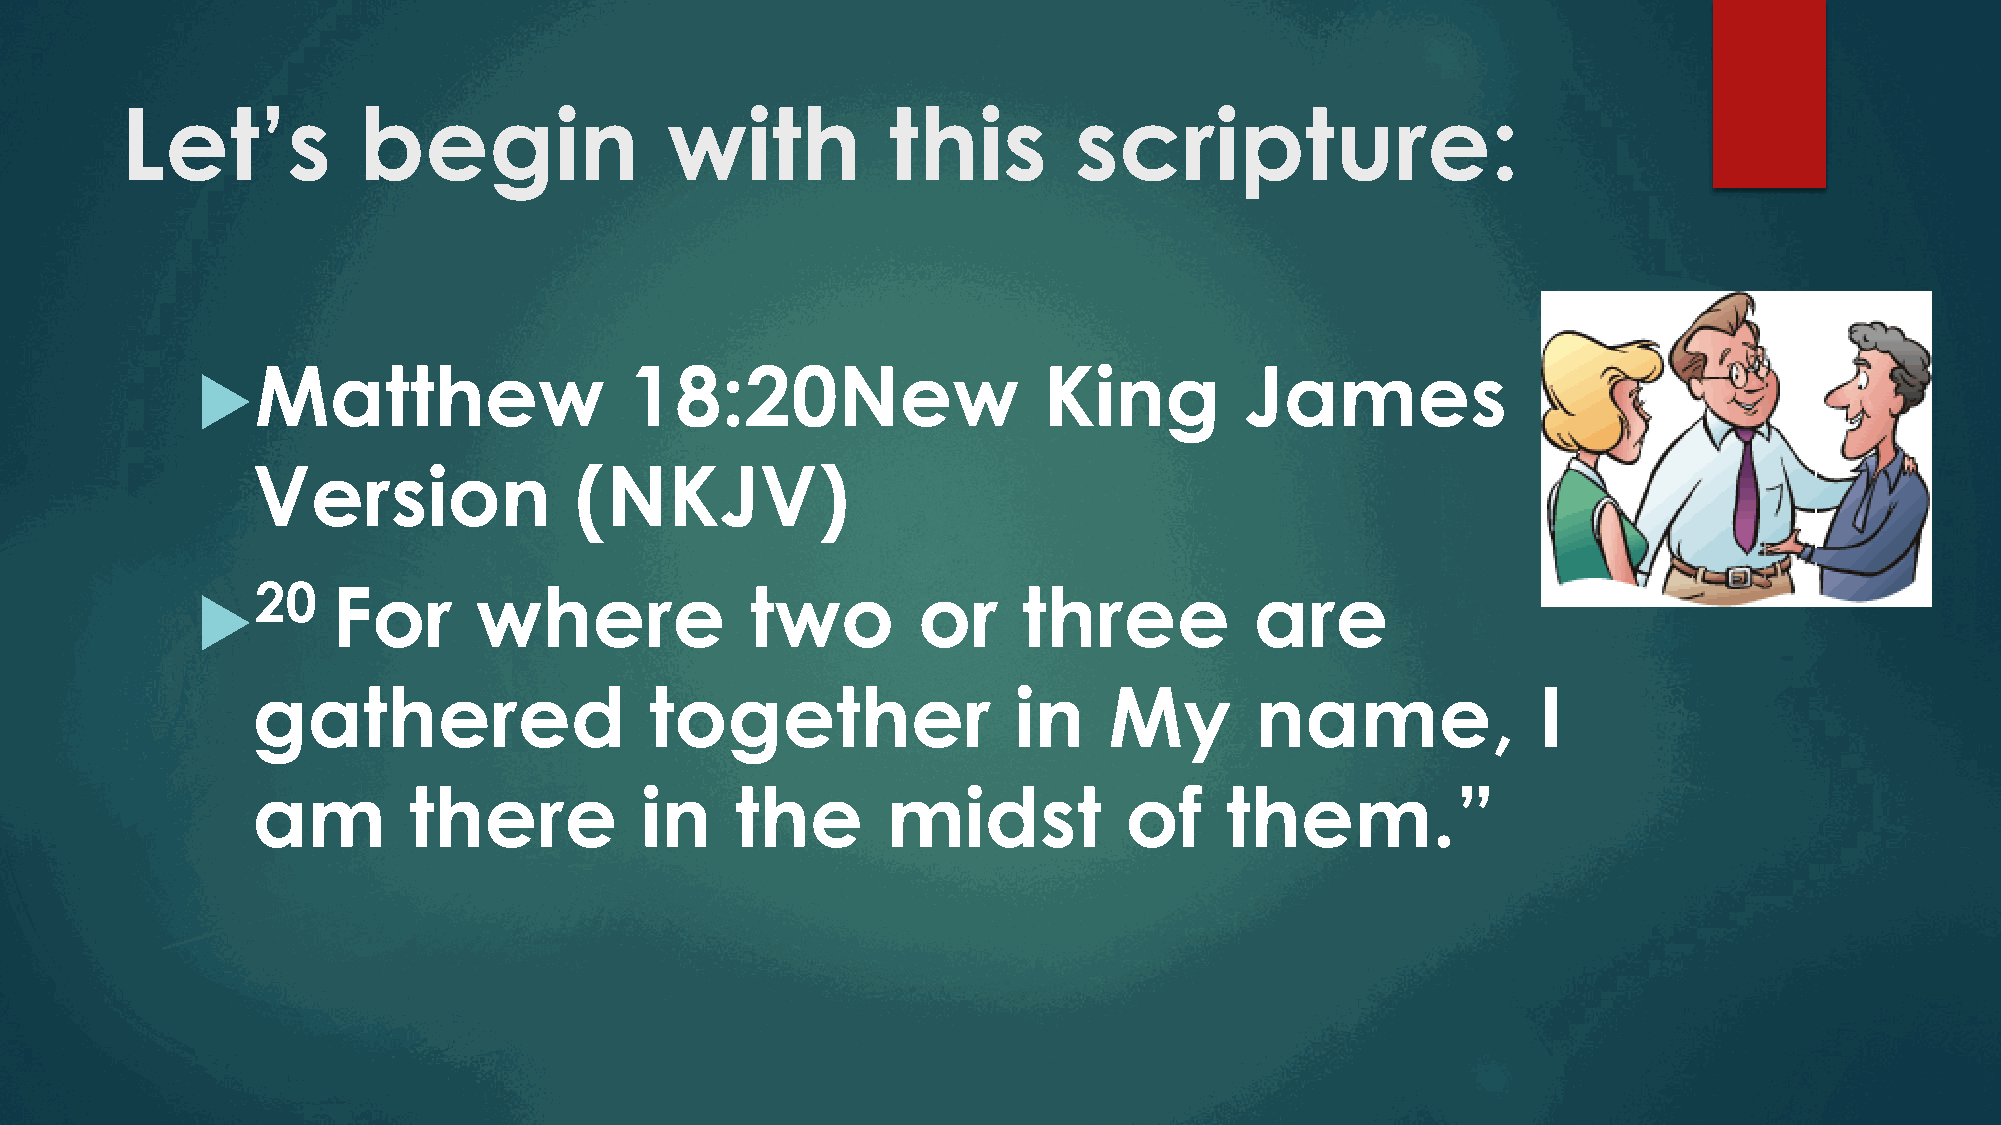
Let’s           begin               with           this        scripture:
 Matthew                     18:20New                   King         James
 Version              (NKJV)
 20      For      where              two        or     three          are
 gathered                  together                in    My        name,              I
 am        there          in     the       midst          of     them.”